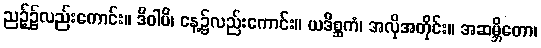
ညဉ့်၌လည်းကောင်း။ ဒိဝါပိ၊ နေ့၌လည်းကောင်း။ ယဒိစ္ဆကံ၊ အလိုအတိုင်း။ အဆမ္ဘိတော၊